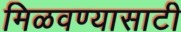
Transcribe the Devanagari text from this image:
मिळवण्यासाटी